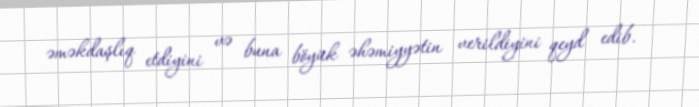
əməkdaşlıq etdiyini və buna böyük əhəmiyyətin verildiyini qeyd edib.